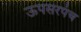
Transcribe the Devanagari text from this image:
ऊपसरपंच